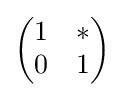
{\begin{pmatrix}1&*\\0&1\end{pmatrix}}